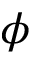
\phi